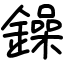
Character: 鐰